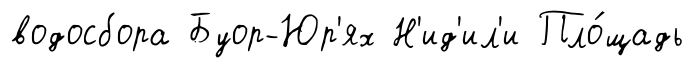
водосбора Буор-Юр'ях Н'ид'ил'и Пло́щадь